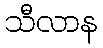
သီလာန